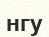
нгу